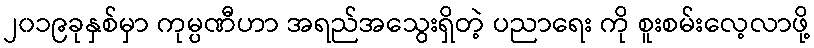
၂၀၁၉ခုနှစ်မှာ ကုမ္ပဏီဟာ အရည်အသွေးရှိတဲ့ ပညာရေး ကို စူးစမ်းလေ့လာဖို့